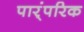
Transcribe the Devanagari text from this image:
पार्ंपरिक